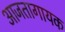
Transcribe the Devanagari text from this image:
आजतागायक